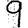
Digit: 9